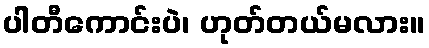
ပါတီကောင်းပဲ၊ ဟုတ်တယ်မလား။